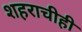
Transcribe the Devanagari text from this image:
शहराचीही